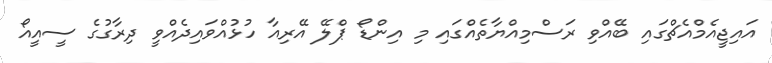
އައިޖީއެމްއެޗްގައި ބޭއްވި ރަސްމިއްޔާތެއްގައި މި އިންޑޯ ޕްލޭ އޭރިއާ ހުޅުއްވައިދެއްވީ ދިރާގުގެ ސީއީއޯ